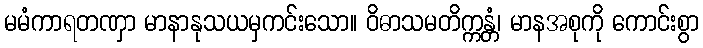
မမံကာရတဏှာ မာနာနုသယမှကင်းသော။ ဝိဓာသမတိက္ကန္တံ၊ မာနအစုကို ကောင်းစွာ